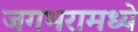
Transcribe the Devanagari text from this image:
जगभरामध्ये